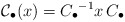
\begin{align*}\mathcal{C}_\bullet(x) = {C_\bullet}^{-1} x \, C_\bullet\end{align*}